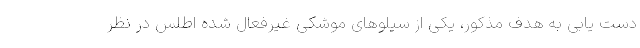
دست یابی به هدف مذکور، یکی از سیلوهای موشکی غیرفعال شده اطلس در نظر